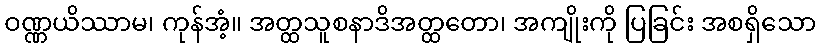
ဝဏ္ဏယိဿာမ၊ ကုန်အံ့။ အတ္ထသူစနာဒိအတ္ထတော၊ အကျိုးကို ပြခြင်း အစရှိသော